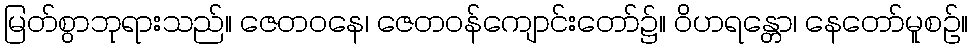
မြတ်စွာဘုရားသည်။ ဇေတဝနေ၊ ဇေတဝန်ကျောင်းတော်၌။ ဝိဟရန္တော၊ နေတော်မူစဉ်။